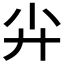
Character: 𡭛